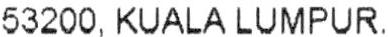
53200, KUALA LUMPUR